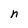
Character: n